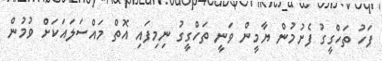
ފަހު ތަހްގީގު ފެށުމުން ޔާމީން ވަނީ ތަހްގީގު ނިމިފައި އޮތް މައްސަލައަކަށް ވުމުން